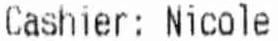
CASHIER: NICOLE